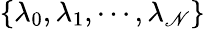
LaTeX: \{ \lambda_{0},\lambda_{1},\dotsb,\lambda_{\mathscr{N}}\}